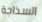
السذاجة